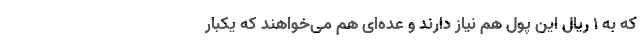
که به ۱ ریال این پول هم نیاز دارند و عده‌ای هم می‌خواهند که یکبار